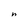
Character: n